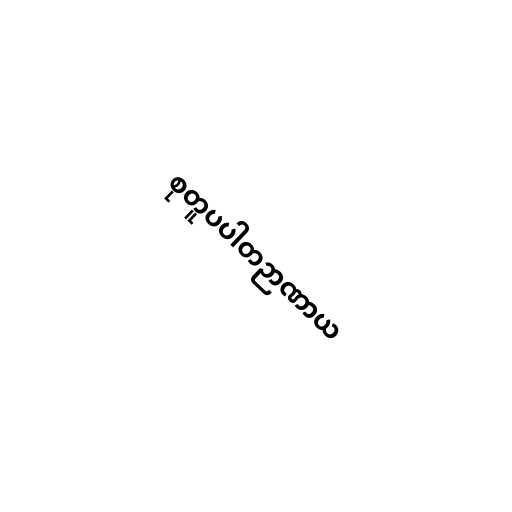
စုတူပပါတဉာဏာယ